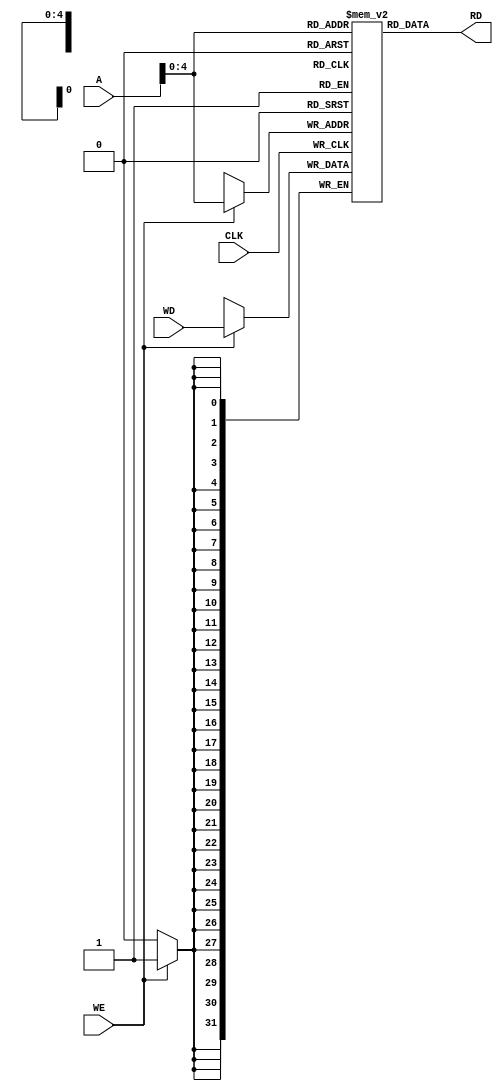
module data_mem
(
    input           CLK,
    input           WE,
    input   [31:0]  A,
    input   [31:0]  WD,
    output  [31:0]  RD
);

parameter MAX_INDEX = 32;

reg [31:0] dm [MAX_INDEX-1:0];

always @ (posedge CLK) begin
    if ( WE )
        dm [A] <= WD;
end

assign RD = dm [A];

endmodule